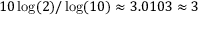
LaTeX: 1 0 \log ( 2 ) / \log ( 1 0 ) \approx 3 . 0 1 0 3 \approx 3